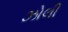
ઝોલી